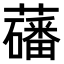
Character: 𫊑